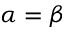
\alpha = \beta